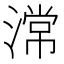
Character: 𣻸